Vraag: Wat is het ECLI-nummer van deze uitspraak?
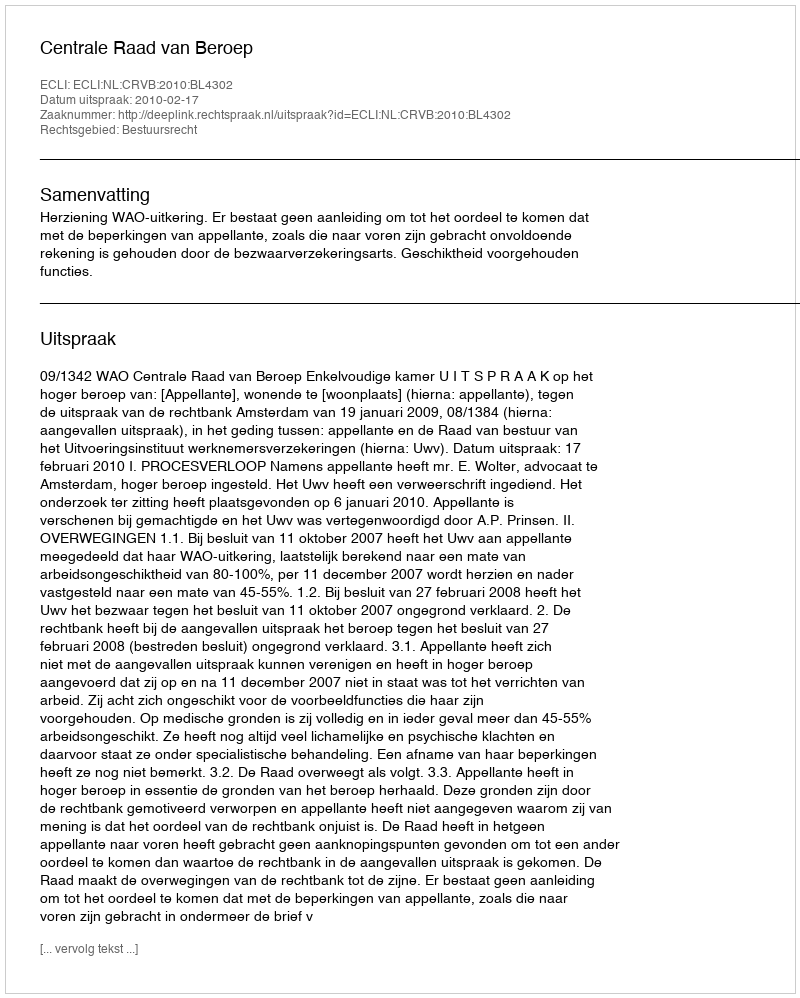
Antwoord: ECLI:NL:CRVB:2010:BL4302